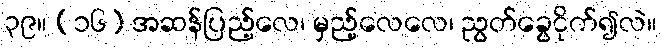
၃၉။ (၁၆) အဆန်ပြည့်လေ၊ မှည့်လေလေ၊ ညွတ်ခွေငိုက်၍လဲ။